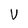
Character: V